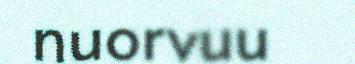
nuorvuu